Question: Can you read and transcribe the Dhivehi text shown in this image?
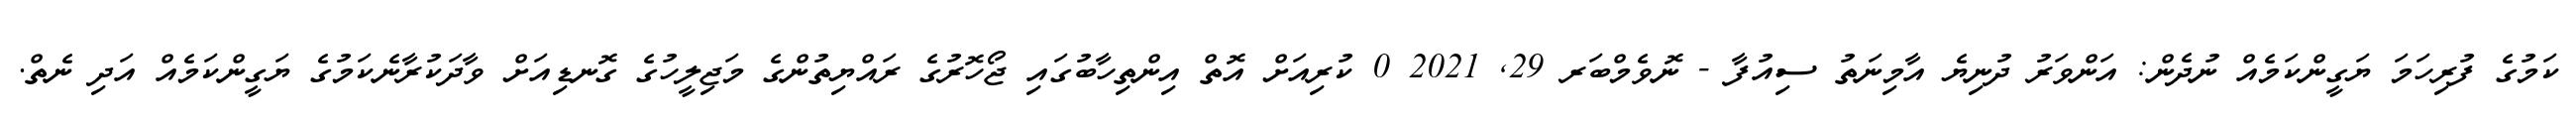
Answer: ކަމުގެ ފުރިހަމަ ޔަގީންކަމެއް ނުދެން: އަންވަރު ދުނިޔެ އާމިނަތު ސިއުފާ - ނޮވެމްބަރ 29, 2021 0 ކުރިއަށް އޮތް އިންތިހާބުގައި ޖޯހޮރުގެ ރައްޔިތުންގެ މަޖިލީހުގެ ގޮނޑިއަށް ވާދަކުރާނެކަމުގެ ޔަގީންކަމެއް އަދި ނެތް.